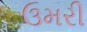
ઉમરી